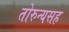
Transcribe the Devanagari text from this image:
तोरुन्यसह